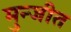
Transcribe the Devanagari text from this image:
मुन्जीत